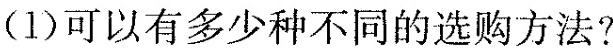
(1)可以有多少种不同的选购方法?